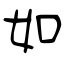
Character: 如